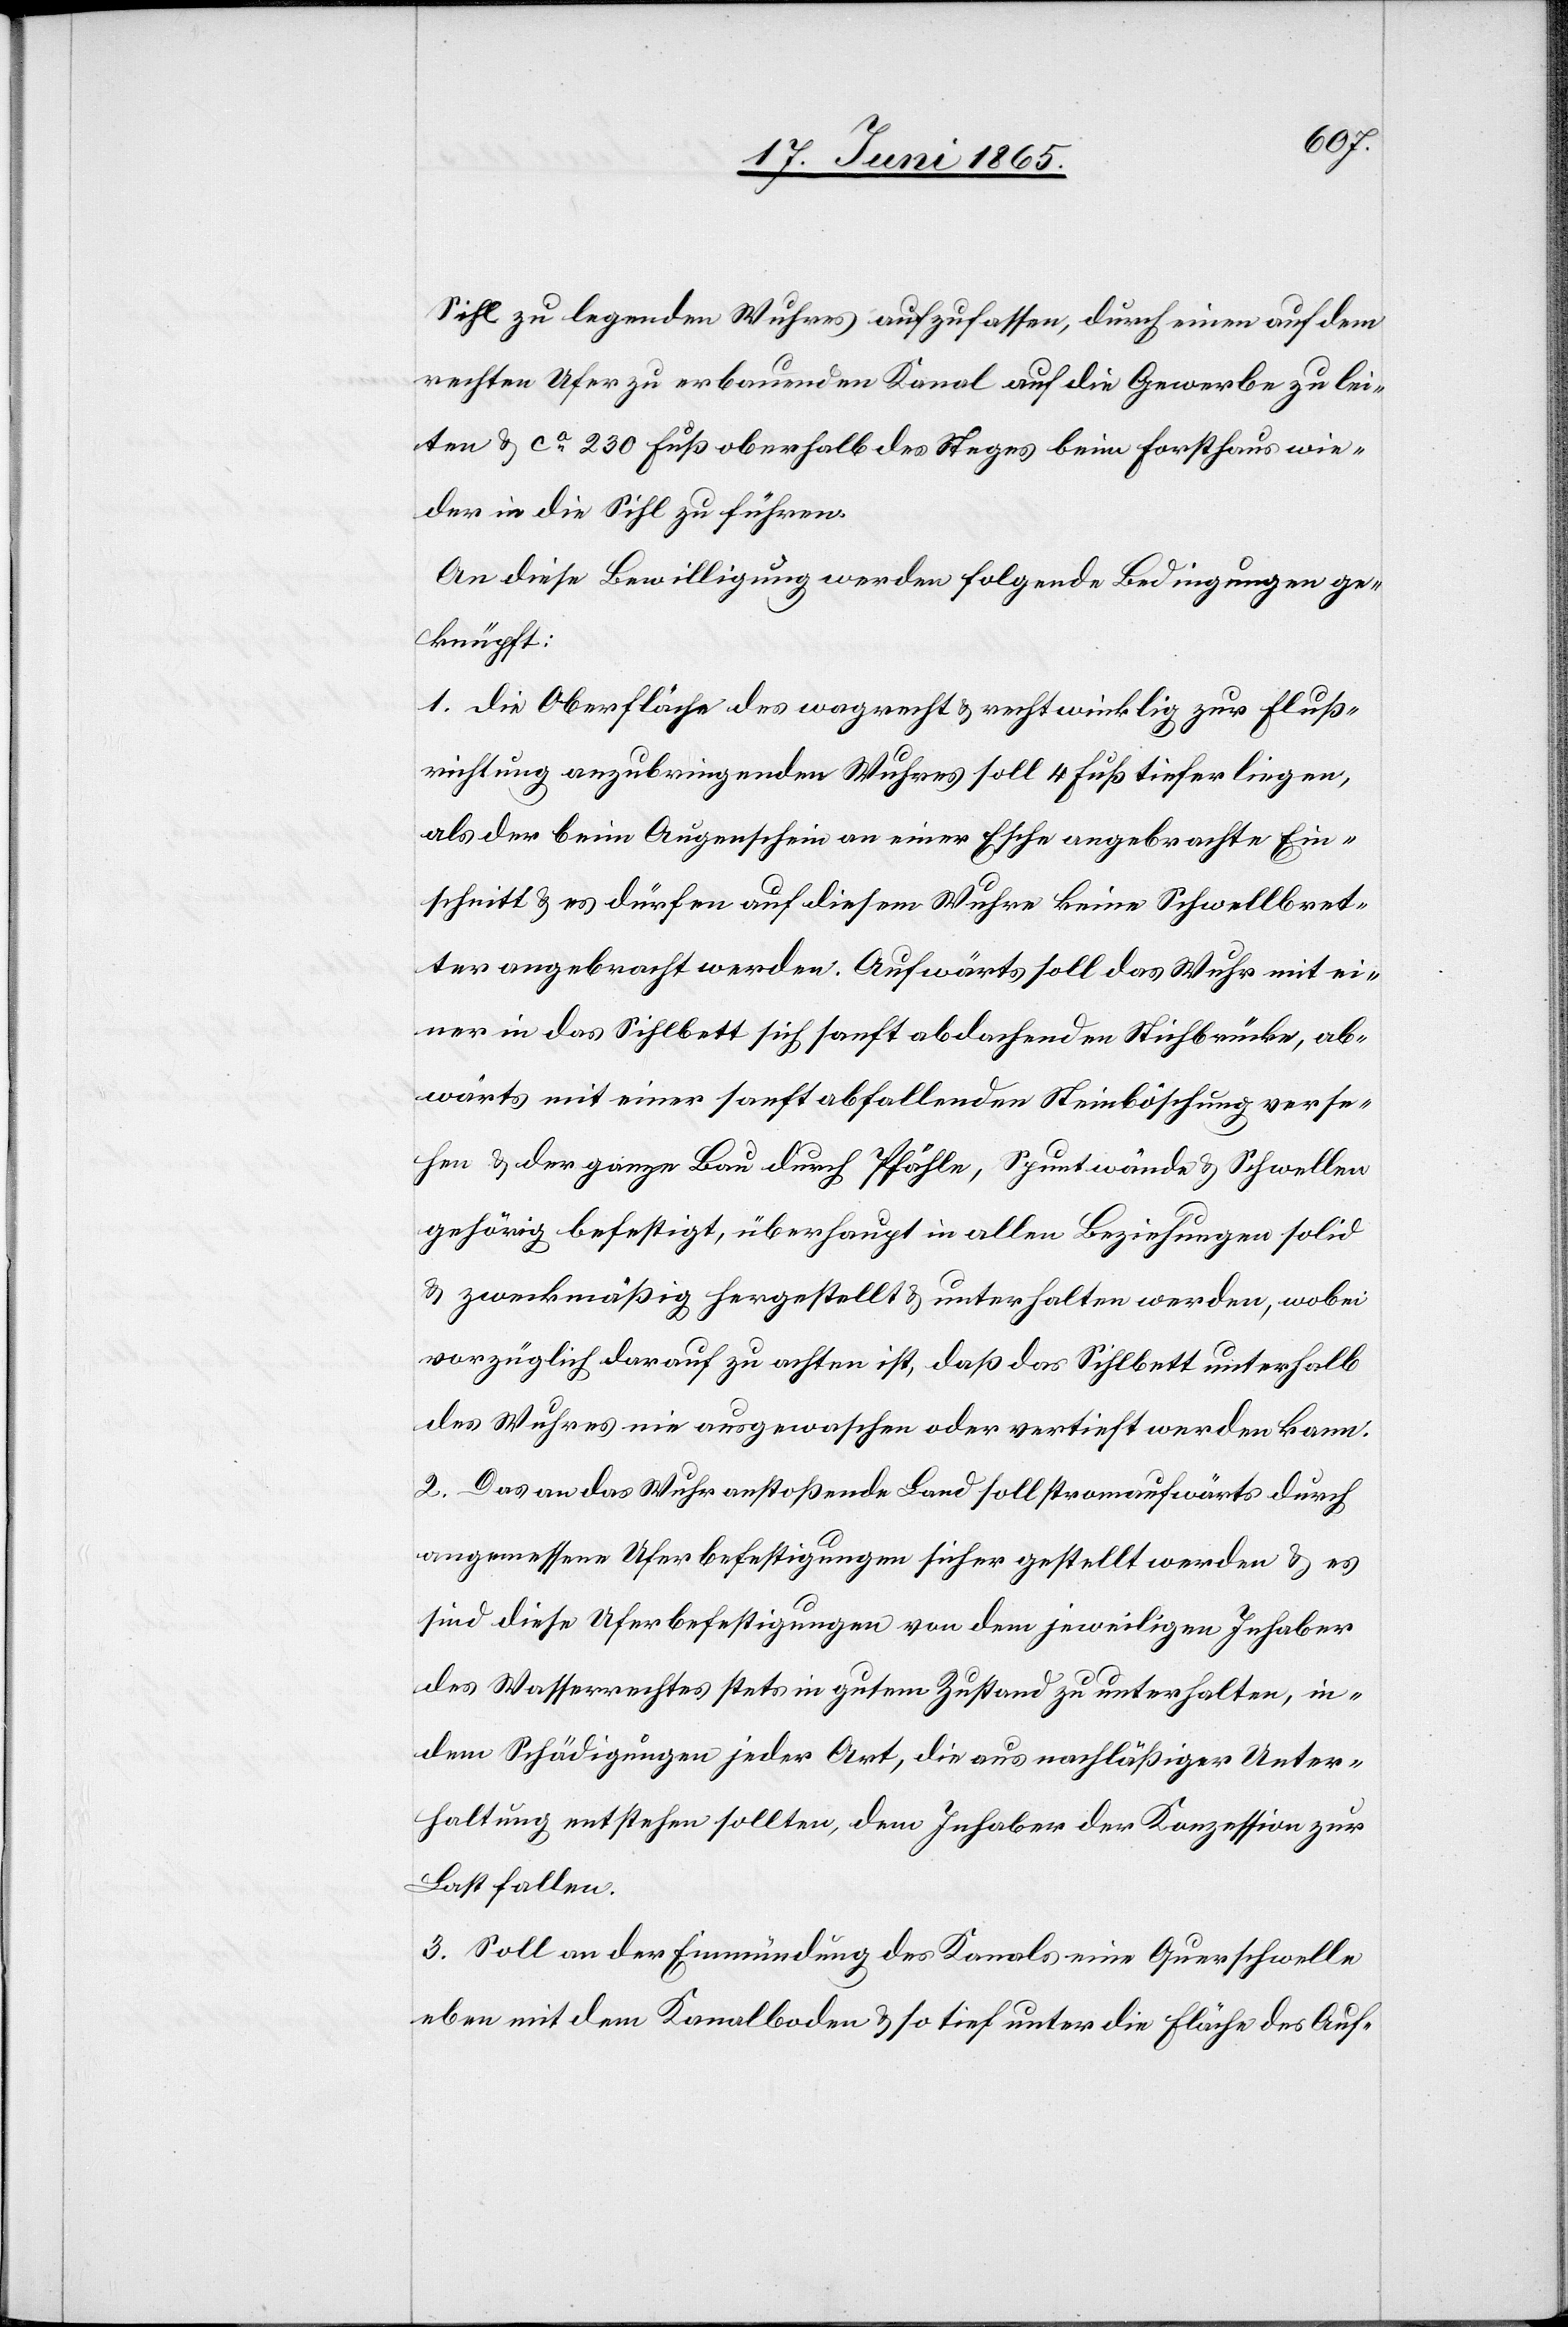
Sihl zu legenden Wuhres aufzufassen, durch einen auf dem
rechten Ufer zu erbauenden Kanal auf die Gewerbe zu lei¬
ten & ca 230 Fuß oberhalb des Steges beim Forsthaus wie¬
der in die Sihl zu führen.
An diese Bewilligung werden folgende Bedingungen ge¬
knüpft:
1. Die Oberfläche des wagrecht & rechtwinklig zur Fluß¬
richtung anzubringenden Wuhres soll 4 Fuß tiefer liegen,
als der beim Augenschein an einer Esche angebrachte Ein¬
schnitt & es dürfen auf diesem Wuhre keine Schwellbret¬
ter angebracht werden. Aufwärts soll das Wuhr mit ei¬
ner in das Sihlbett sich sanft abdachenden Stichbrücke, ab¬
wärts mit einer sonst abfallenden Steinböschung verse¬
hen & der ganze Bau durch Pfähle, Spuntwände & Schwellen
gehörig befestigt, überhaupt in allen Beziehungen solid
& zweckmäßig hergestellt & unterhalten werden, wobei
vorzüglich darauf zu achten ist, daß das Sihlbett unterhalb
des Wuhres nie ausgewaschen oder vertieft werden kann.
2. Das an das Wuhr anstoßende Land soll stromaufwärts durch
angemessene Uferbefestigungen sicher gestellt werden & es
sind diese Uferbefestigungen von dem jeweiligen Inhaber
des Wasserrechtes stets in gutem Zustand zu unterhalten, in¬
dem Schädigungen jeder Art, die aus nachläßiger Unter¬
haltung entstehen sollten, dem Inhaber der Konzession zur
Last fallen.
3. Soll an der Einmündung des Kanals eine Querschwelle
eben mit dem Kanalboden & so tief unter die Fläche des Auf-